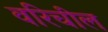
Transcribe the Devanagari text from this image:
वरिचील